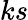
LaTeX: ks